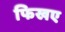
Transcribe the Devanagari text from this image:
फिखए